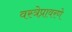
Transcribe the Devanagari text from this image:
वस्त्रेप्रावरणे